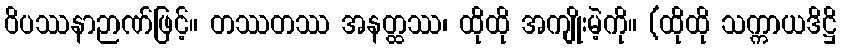
ဝိပဿနာဉာဏ်ဖြင့်။ တဿတဿ အနတ္ထဿ၊ ထိုထို အကျိုးမဲ့ကို။ (ထိုထို သက္ကာယဒိဋ္ဌိ